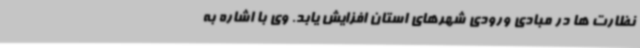
نظارت ‌ها در مبادی ورودی شهرهای استان افزایش یابد. وی با اشاره به